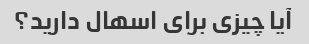
آیا چیزی برای اسهال دارید؟